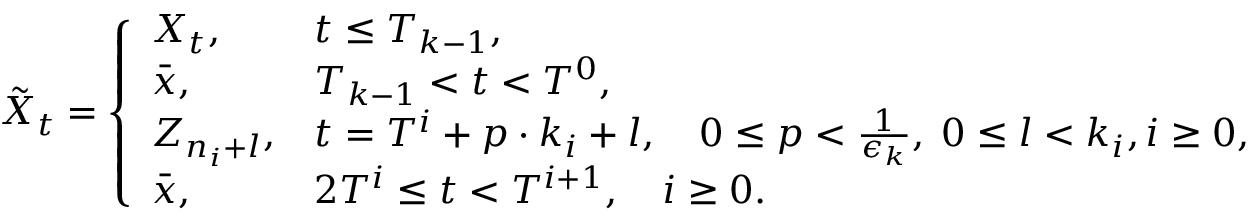
\tilde { X } _ { t } = \left\{ \begin{array} { l l } { X _ { t } , } & { t \leq T _ { k - 1 } , } \\ { \bar { x } , } & { T _ { k - 1 } < t < T ^ { 0 } , } \\ { Z _ { n _ { i } + l } , } & { t = T ^ { i } + p \cdot k _ { i } + l , \quad 0 \leq p < \frac { 1 } { \epsilon _ { k } } , \; 0 \leq l < k _ { i } , i \geq 0 , } \\ { \bar { x } , } & { 2 T ^ { i } \leq t < T ^ { i + 1 } , \quad i \geq 0 . } \end{array} \right.